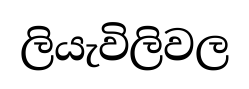
ලියැවිලිවල